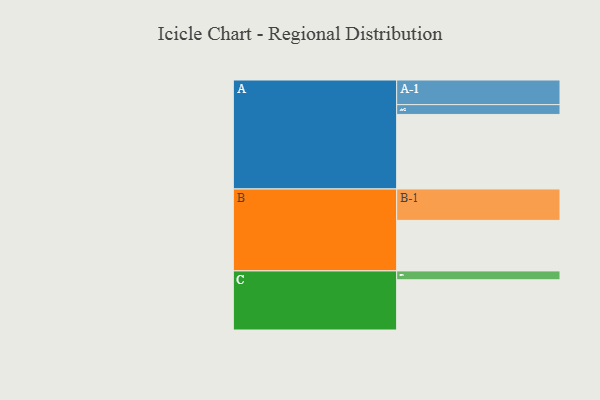
{"axis": {"x": "Segment", "y": "Value"}, "legend": ["", "A", "B", "C"], "data": [{"x": "A", "y": 463, "type": ""}, {"x": "B", "y": 314, "type": ""}, {"x": "C", "y": 312, "type": ""}, {"x": "A-1", "y": 153, "type": "A"}, {"x": "A-2", "y": 61, "type": "A"}, {"x": "B-1", "y": 195, "type": "B"}, {"x": "C-1", "y": 55, "type": "C"}]}